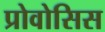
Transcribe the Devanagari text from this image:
प्रोवोसिस